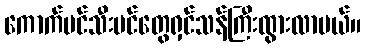
ကောက်ပင်သီးပင်တွေရှင်သန်ကြီးထွားလာမယ်။